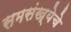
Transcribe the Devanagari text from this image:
समसंख्येचे